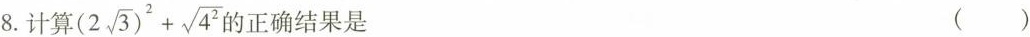
8.计算$$(2 \sqrt{3})^{2}+\sqrt{4^{2}}$$正确结果是 ()